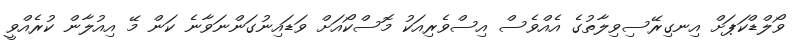
ވޯލްޑްކަޕަށް އިނގިރޭސިވިލާތުގެ އެއްވެސް އިސްވެރިއަކު މޮސްކޯއަށް ވަޑައިނުގަންނަވާނެ ކަން މޭ އިއުލާން ކުރެއްވީ